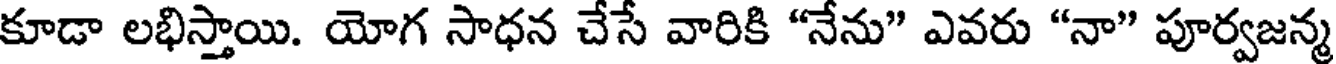
కూడా లభిస్తాయి. యోగ సాధన చేసే వారికి "నేను" ఎవరు "నా" పూర్వజన్మ